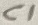
Text: C1